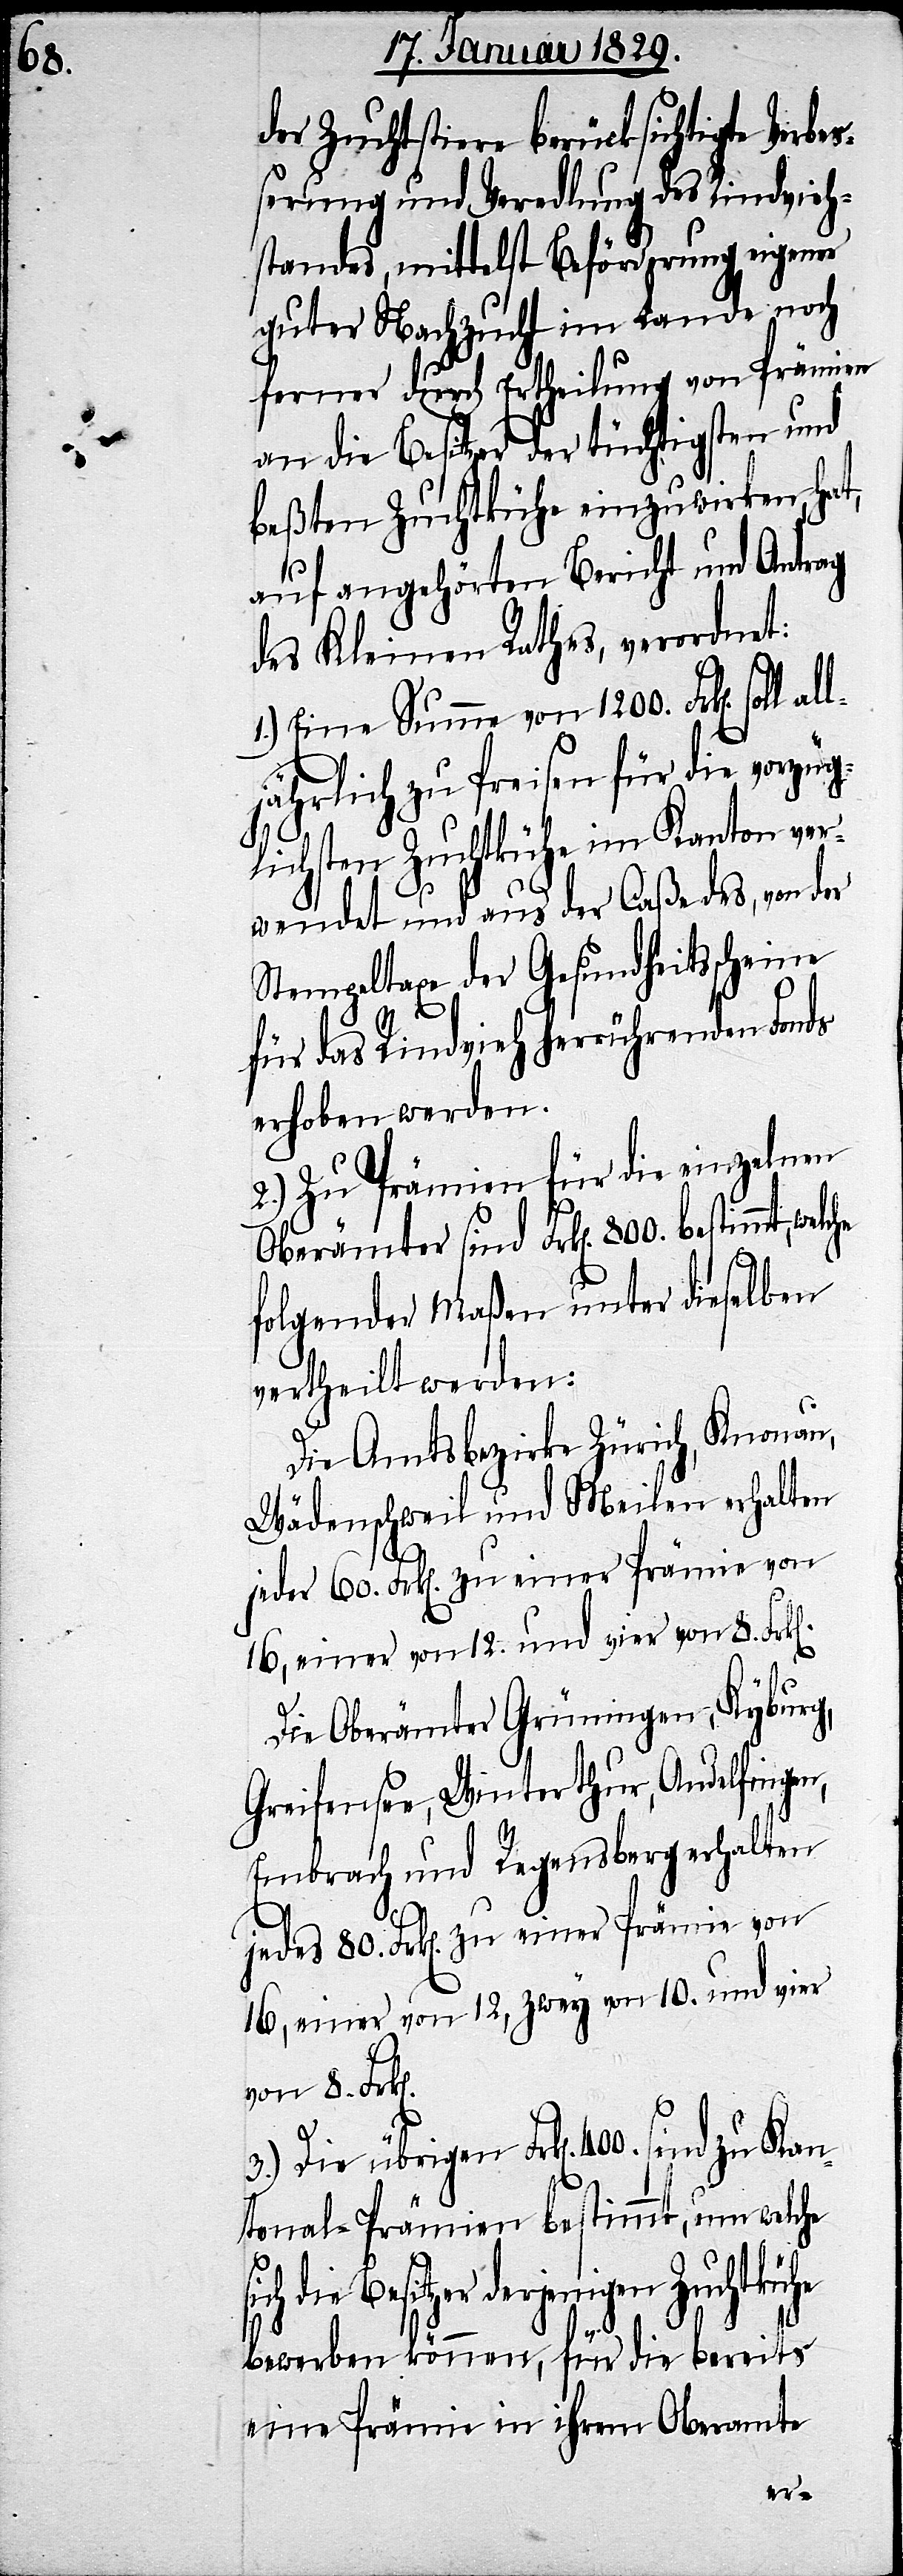
Kan¬

der Zuchtstiere berücksichtigte Verbe¬
ßerung und Veredlung des Rindvieh¬
standes, mittelst Beförderung eigener
guter Nachzucht im Lande noch
ferner durch Ertheilung von Prämien
an die Besitzer der tüchtigsten und
beßten Zuchtkühe einzuwirken, hat,
auf angehörten Bericht und Antrag
des Kleinen Rathes, verordnet:
1.) Eine Summe von 1200. Frk[en].
ljährlich zu Preisen für die vorzüg¬
lichsten Zuchtkühe im Kanton ver¬
wendet und aus der Caße des, von der
Stempeltaxe der Gesundheitsscheine
für das Rindvieh herrührenden Fonds
erhoben werden.
2.) Zu Prämien für die einzelnen
Oberämter sind Frk[en]. 800. bestimmt,
folgender Maßen unter dieselben
vertheilt werden:
Die Amtsbezirke Zürich, Knonau,
Wädenschweil und Meilen erhalten
jeder 60. Frk[en]. zu einer Prämie von
16, einer von 12. und vier von 8. Frk[e¬
Die Oberämter Grüningen, Kyburg,
Greifensee, Winterthur, Andelfingen,
Embrach und Regensberg erhalten
jedes 80. Frk[en]. zu einer Prämie von
16, einer von 12, zwey von 10 und vier
von 8. Fr¬
3.) Die übrigen Frk[en]. 400. sind
tonal-Prämien bestimmt, um welche
derjenigen Zuchtkühe
bewerben können, für die bereits
eine Prämie in ihrem Oberamte